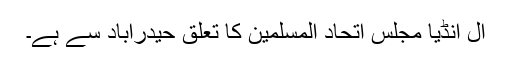
آل انڈیا مجلس اتحاد المسلمین کا تعلق حیدرآباد سے ہے۔